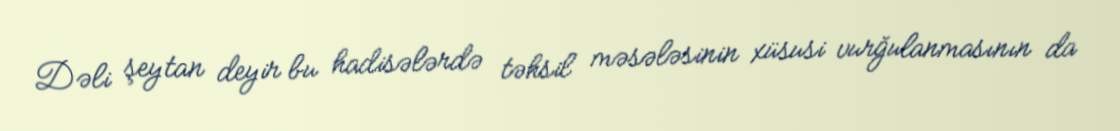
Dəli şeytan deyir bu hadisələrdə təhsil məsələsinin xüsusi vurğulanmasının da